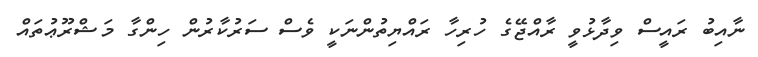
ނާއިބު ރައީސް ވިދާޅުވީ ރާއްޖޭގެ ހުރިހާ ރައްޔިތުންނަކީ ވެސް ސަރުކާރުން ހިންގާ މަޝްރޫޢުތައް